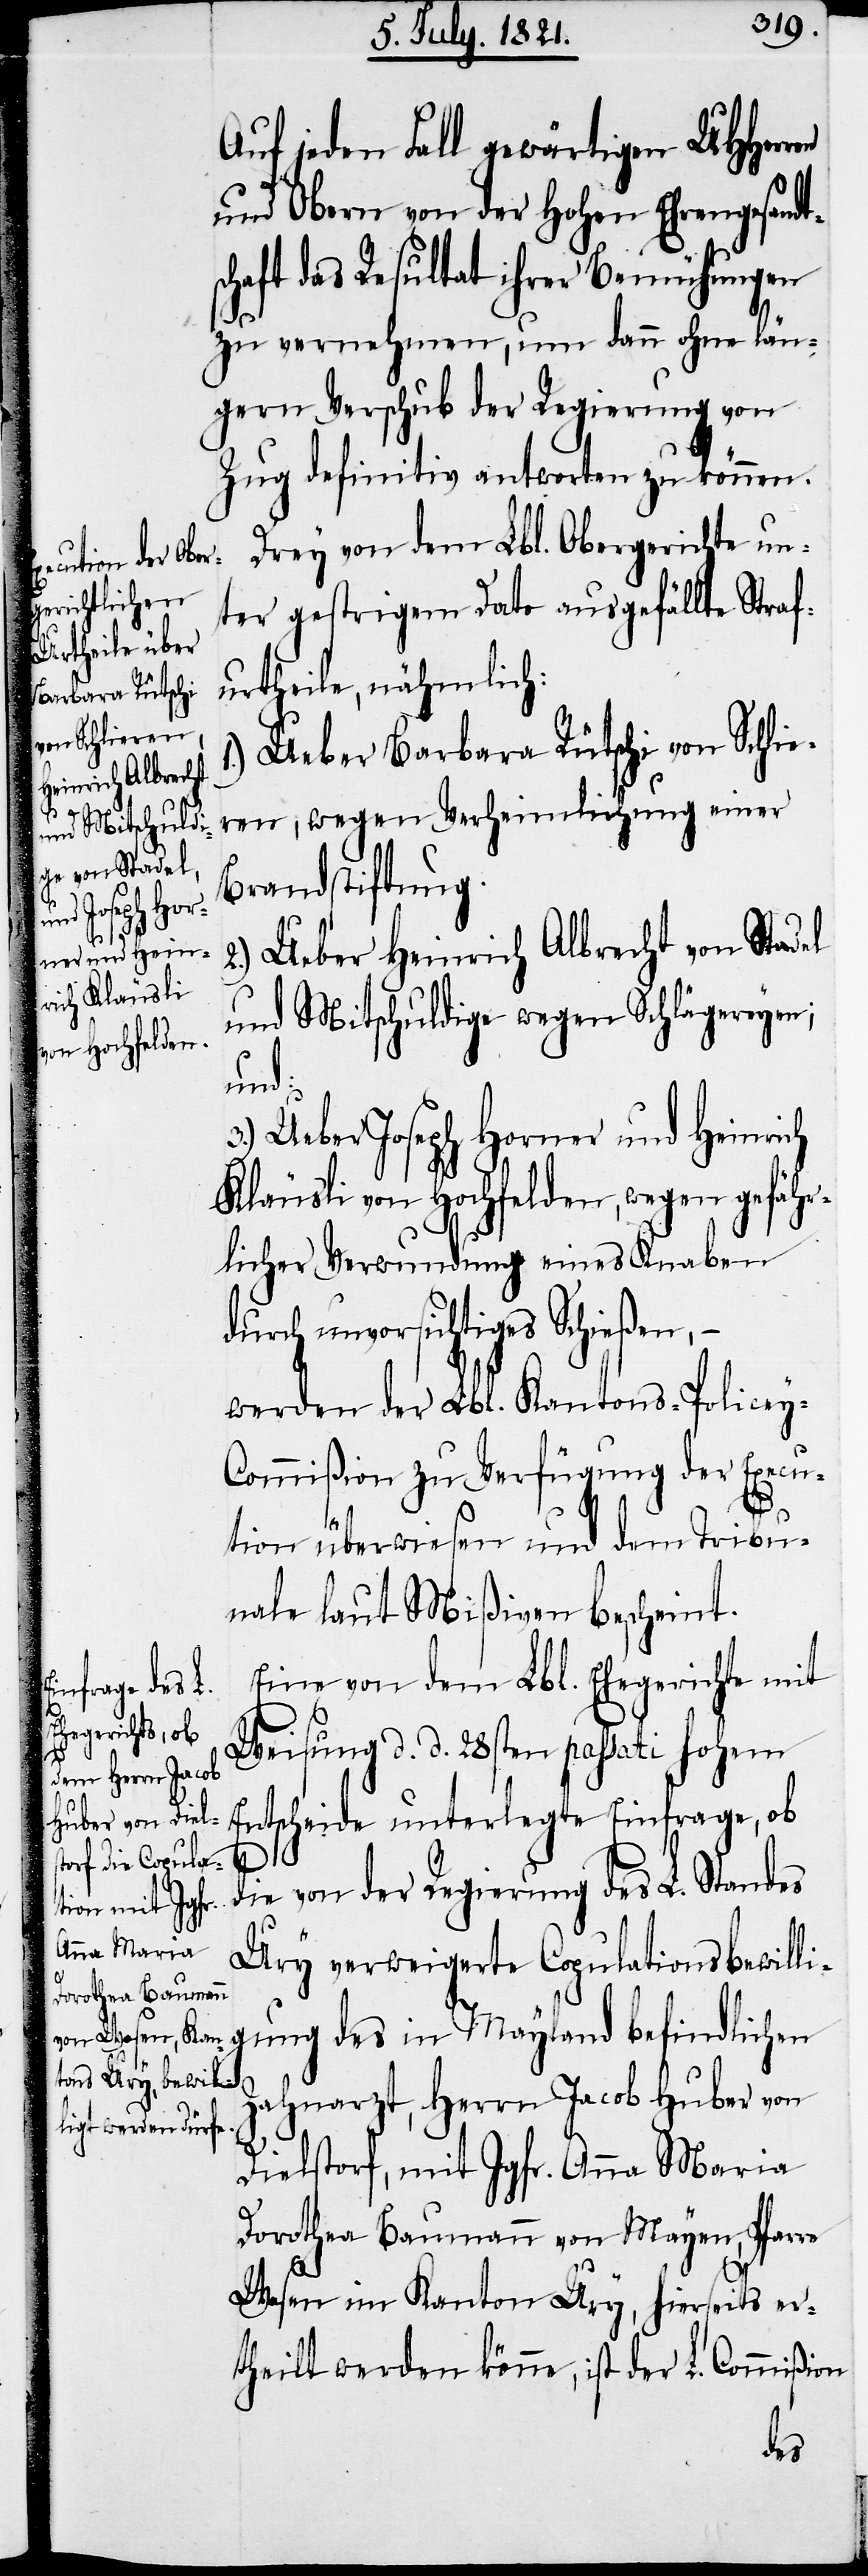
Auf jeden Fall gewärtigen UHHerren
und Obern von der hohen Ehrengesandt¬
schaft das Resultat ihrer Bemühungen
zu vernehmen, um dann ohne län¬
geren Verschub der Regierung von
Zug definitiv antworten zu können.
Drey von dem Lbl. Obergerichte un¬
ter gestrigem Dato ausgefällte Straf¬
urtheile, nähmlich:
Ueber Barbara Rütschi von Schlie¬
ren, wegen Verheimlichung einer
Brandstiftung.
2.)
Ueber Heinrich Albert von Stadel
und Mitschuldige wegen Schlägereyen;
und:
3.) Ueber Joseph Horner und Heinrich
Kläusli von Hochfelden, wegen gefähr¬
licher Verwundung eines Knaben
durch unvorsichtiges Schießen, –
wurden der Lbl. Kantons-Policey-C¬
ommißion zu Verfügung der Execu¬
1.)
tion überwiesen und dem Tribu¬
nale laut Mißiven bescheint.
Eine von dem Lbl. Ehegerichte mit
Weisung d. d. 28sten passati hohem
Entscheide unterlegte Einfrage, ob
die von der Regierung des L. Standes
Ury verweigerte Copulationsbewilli¬
gung des in Mayland befindlichen
Zahnarzt, Herrn Jacob Huber von
Dielstorf, mit Jgfr. Anna Maria
Dorothea Baumann von Mayen, Pfarre
Wasen im Kanton Ury, hierseits er¬
theilt werden könne, ist der L. Commißion